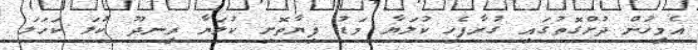
އެމީހުން ދުށްގޮތުގައި ގުރާފެހި ކުލަޔާ މަޑު ފިޔާތޮށި ކުލަޔާ ރީނދޫ ކުލަ ކަހަލަ